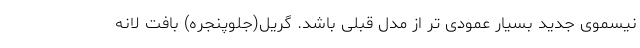
نیسموی جدید بسیار عمودی تر از مدل قبلی باشد. گریل(جلوپنجره) بافت لانه